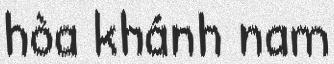
hòa khánh nam